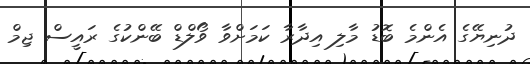
ދުނިޔޭގެ އެންމެ ބޮޑު މާލި އިދާރާ ކަމަށްވާ ވޯލްޑް ބޭންކުގެ ރައީސް ޖިމް